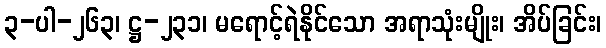
၃-ပါ-၂၆၃၊ ဋ္ဌ-၂၃၁၊ မရောင့်ရဲနိုင်သော အရာသုံးမျိုး၊ အိပ်ခြင်း၊